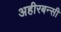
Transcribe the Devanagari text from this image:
अहीरबन्सी